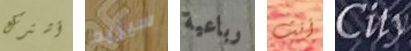
أشترك سيزيد رباعية أنت City